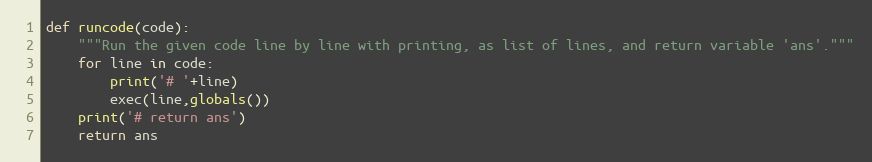
Language: Python
def runcode(code):
	"""Run the given code line by line with printing, as list of lines, and return variable 'ans'."""
	for line in code:
		print('# '+line)
		exec(line,globals())
	print('# return ans')
	return ans